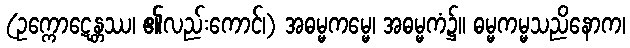
(ဥက္ကောဋေန္တဿ၊ ၏လည်းကောင်၊) အဓမ္မကမ္မေ၊ အဓမ္မကံ၌။ ဓမ္မကမ္မသညိနောက၊